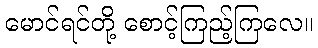
မောင်ရင်တို့ စောင့်ကြည့်ကြလေ။